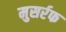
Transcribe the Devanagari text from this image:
मुसर्रफ